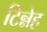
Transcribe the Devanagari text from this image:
टिन्नेह